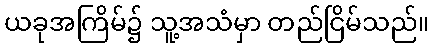
ယခုအကြိမ်၌ သူ့အသံမှာ တည်ငြိမ်သည်။